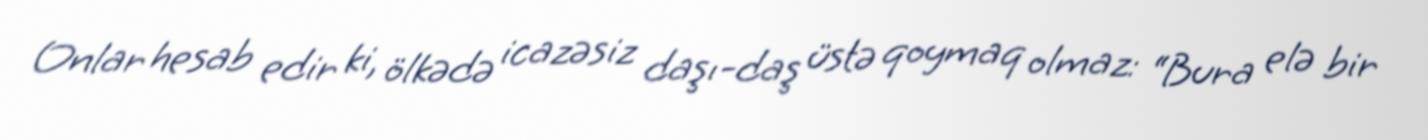
Onlar hesab edir ki, ölkədə icazəsiz daşı-daş üstə qoymaq olmaz: “Bura elə bir